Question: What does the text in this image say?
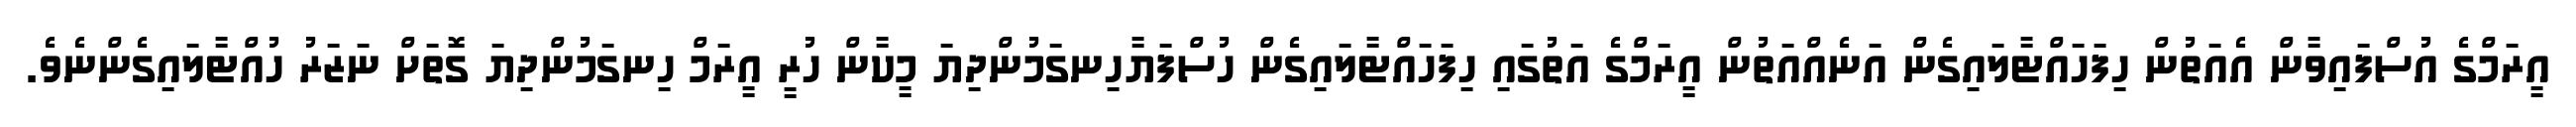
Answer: އީރަމްގެ އުސްފައިވާން އެއަތުން ހިފަހައްޓާލައިގެން އަނެއްއަތުން އީރަމްގެ އަތުގައި ހިފަހައްޓާލައިގެން ހުސްފަޔާހިނގަމުންދިޔަ މީކާން ހުރީ އީރަމް ހިނގަމުންދިޔަ ގޮތަށް ނަޒަރު ހުއްޓާލައިގެންނެވެ.